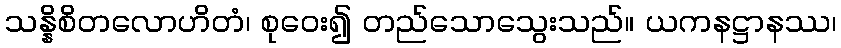
သန္နိစိတလောဟိတံ၊ စုဝေး၍ တည်သောသွေးသည်။ ယကနဋ္ဌာနဿ၊